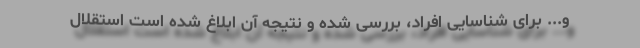
و... برای شناسایی افراد، بررسی شده و نتیجه آن ابلاغ شده است استقلال